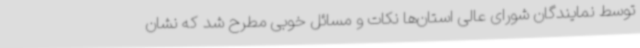
توسط نمایندگان شورای عالی استان‌ها نکات و مسائل خوبی مطرح شد که نشان